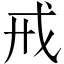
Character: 戒